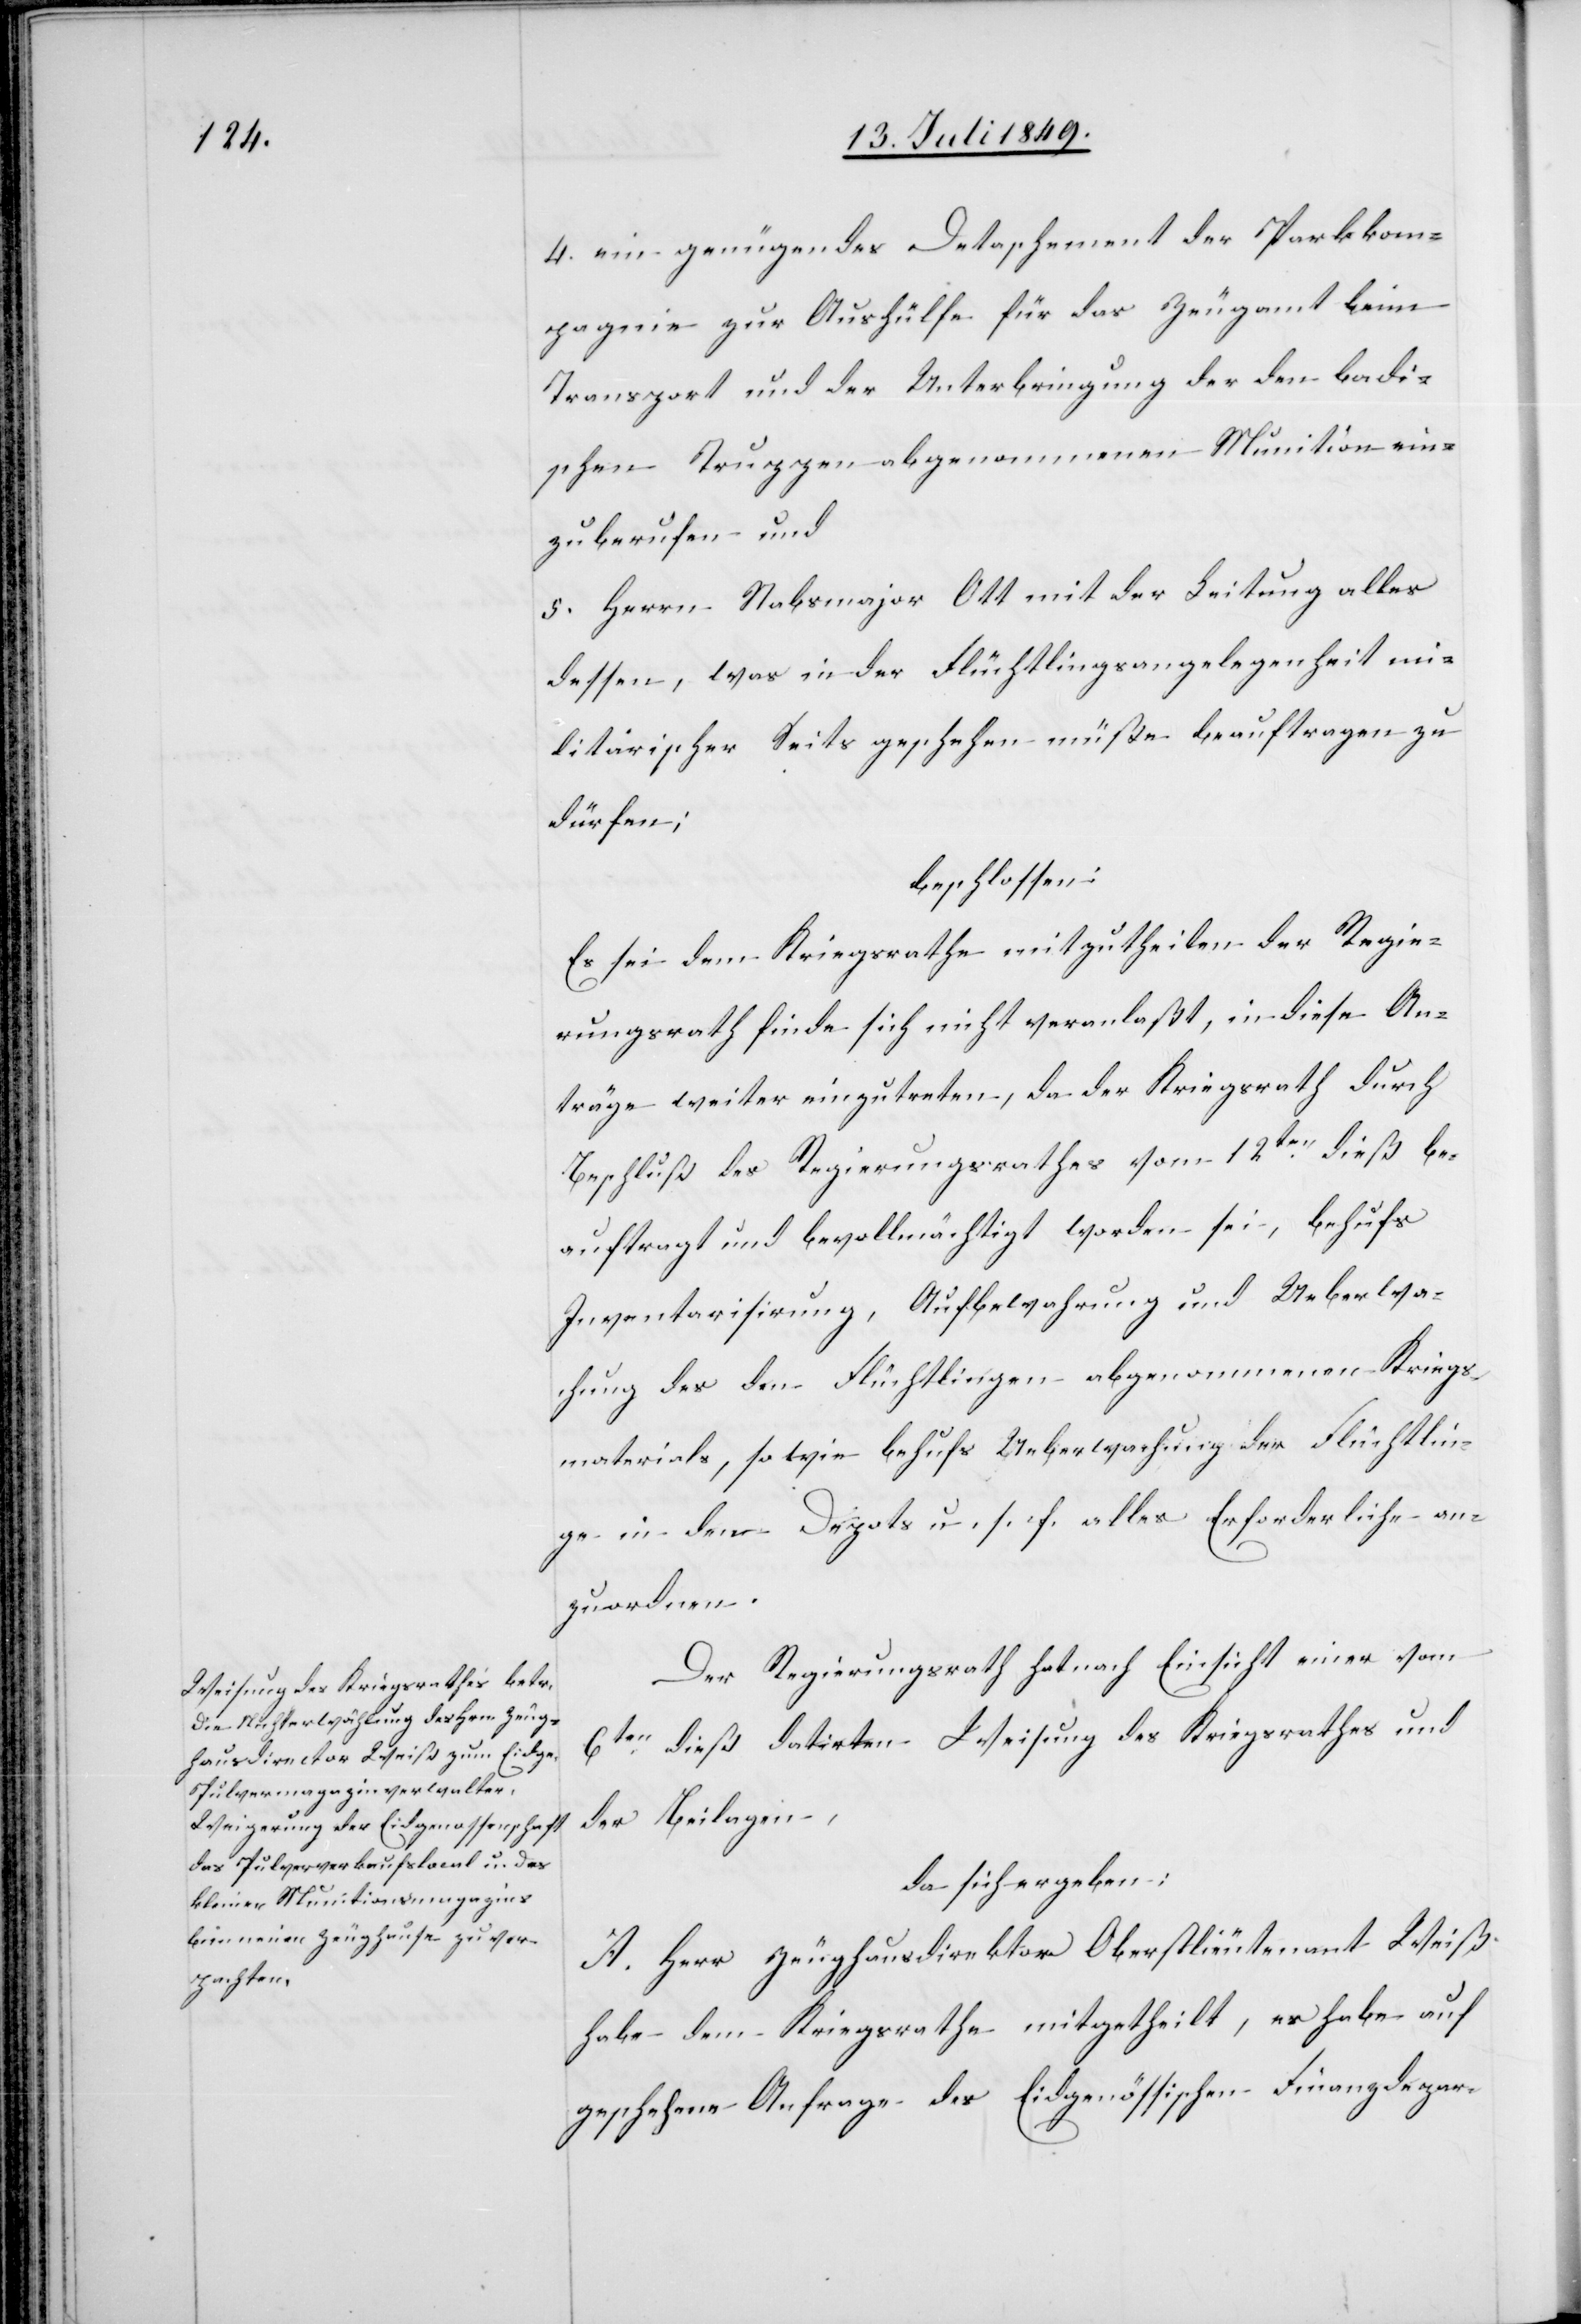
4. ein genüngendes Detaschement der Parkkom¬
pagnie zur Aushülfe für das Zeugamt beim
Transport und der Unterbringung der den badi¬
schen Truppen abgenommenen Munition ein¬
zuberufen und
5. Herrn Stabsmajor Ott mit der Leitung alles
dessen, was in der Flüchtlingsangelegenheit mi¬
litärischer Seits geschehen müße beauftragen zu
dürfen;
beschlossen:
Es sei dem Kriegsrathe mithzutheilen der Regie¬
rungsrath finde sich nicht veranlaßt, in diese An¬
träge weiter einzutreten, da der Kriegsrath durch
Beschluß des Regierungsrathes vom 12ten dieß be¬
auftragt und bevollmächtigt worden sei, behufs
Inventarisirung, Aufbewahrung und Ueberwa¬
chung des den Flüchtlingen abgenommenen Kriegs¬
materials, sowie behufs Ueberwachung der Flüchtlin¬
ge in den Depots u. s. f. alles Erforderliche an¬
zuordnen.
Der Regierungsrath hat nach Einsicht einer vom
6ten dieß datirten Weisung des Kriegsrathes und
der Beilagen,
da sich ergeben;
A. Herr Zeughausdirektor Oberstlieutenant Weiß
habe dem Kriegsrathe mitgetheilt, er habe
geschehene Anfrage des Eidgenössischen Finanzdepar-